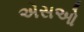
એસઓ